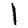
Digit: 1